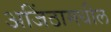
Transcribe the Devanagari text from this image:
अजिंठामधील